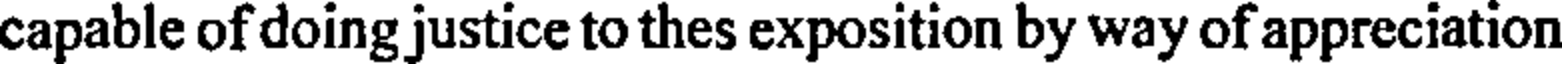
capable of doing justice to thes exposition by way of appreciation